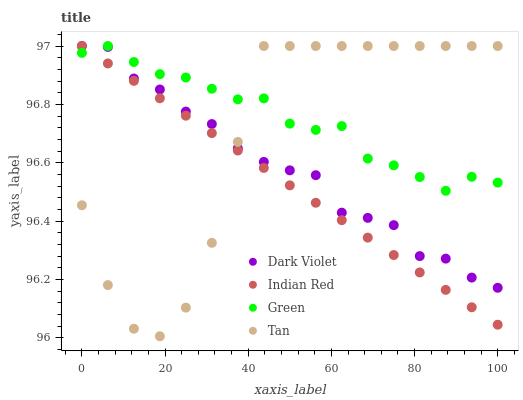
| xaxis_label | Dark Violet | Indian Red | Green | Tan |
 | --- | --- | --- | --- | --- |
 | 0 | 97 | 97 | 97 | 96.5 |
 | 6.25 | 97 | 96.9 | 97 | 96.2 |
 | 12.5 | 96.9 | 96.9 | 96.9 | 96 |
 | 18.8 | 96.9 | 96.8 | 96.9 | 96 |
 | 25 | 96.8 | 96.8 | 96.9 | 96.1 |
 | 31.2 | 96.7 | 96.7 | 96.9 | 96.3 |
 | 37.5 | 96.6 | 96.6 | 96.8 | 96.7 |
 | 43.8 | 96.6 | 96.6 | 96.8 | 97 |
 | 50 | 96.6 | 96.5 | 96.7 | 97 |
 | 56.2 | 96.6 | 96.5 | 96.7 | 97 |
 | 62.5 | 96.4 | 96.4 | 96.7 | 97 |
 | 68.8 | 96.4 | 96.3 | 96.6 | 97 |
 | 75 | 96.4 | 96.3 | 96.6 | 97 |
 | 81.2 | 96.3 | 96.2 | 96.6 | 97 |
 | 87.5 | 96.3 | 96.2 | 96.5 | 97 |
 | 93.8 | 96.2 | 96.1 | 96.6 | 97 |
 | 100 | 96.2 | 96 | 96.5 | 97 |